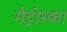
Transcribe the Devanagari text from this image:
मैट्रोस्का